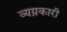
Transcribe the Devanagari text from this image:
व्यग्रकारी